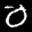
Label: 0